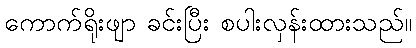
ကောက်ရိုးဖျာ ခင်းပြီး စပါးလှန်းထားသည်။